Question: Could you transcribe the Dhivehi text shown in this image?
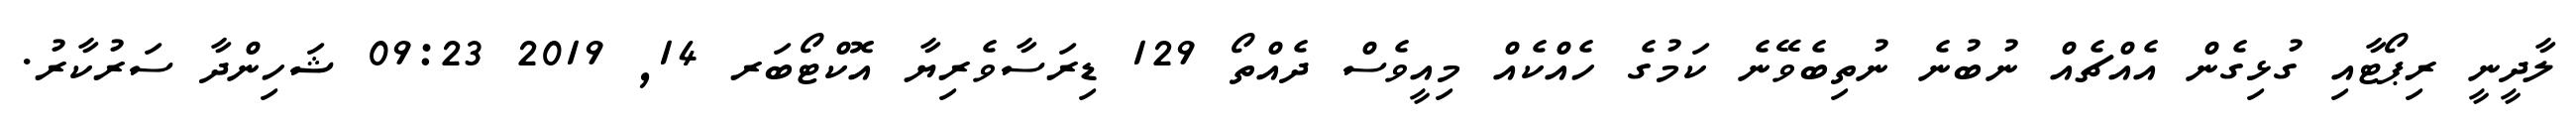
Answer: ލާދީނީ ރިޕޯޓާއި ގުޅިގެން އެއްޗެއް ނުބުނެ ނުތިބެވޭނެ ކަމުގެ ހެއްކެއް މިއީވެސް ދެއްތޯ 129 ޑިރަސާވެރިޔާ އޮކްޓޯބަރ 14, 2019 09:23 ޝަހިންދާ ސަރުކާރު.